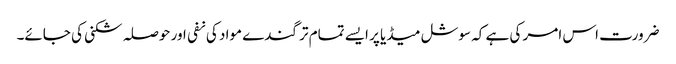
ضرورت اس امر کی ہے کہ سوشل میڈیا پر ایسے تمام تر گندے مواد کی نفی اور حوصلہ شکنی کی جائے۔